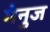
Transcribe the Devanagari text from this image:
मेनुज